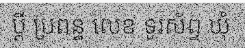
ប្តី ប្រពន្ធ លេខ ទូរស័ព្ទ ឃុំ